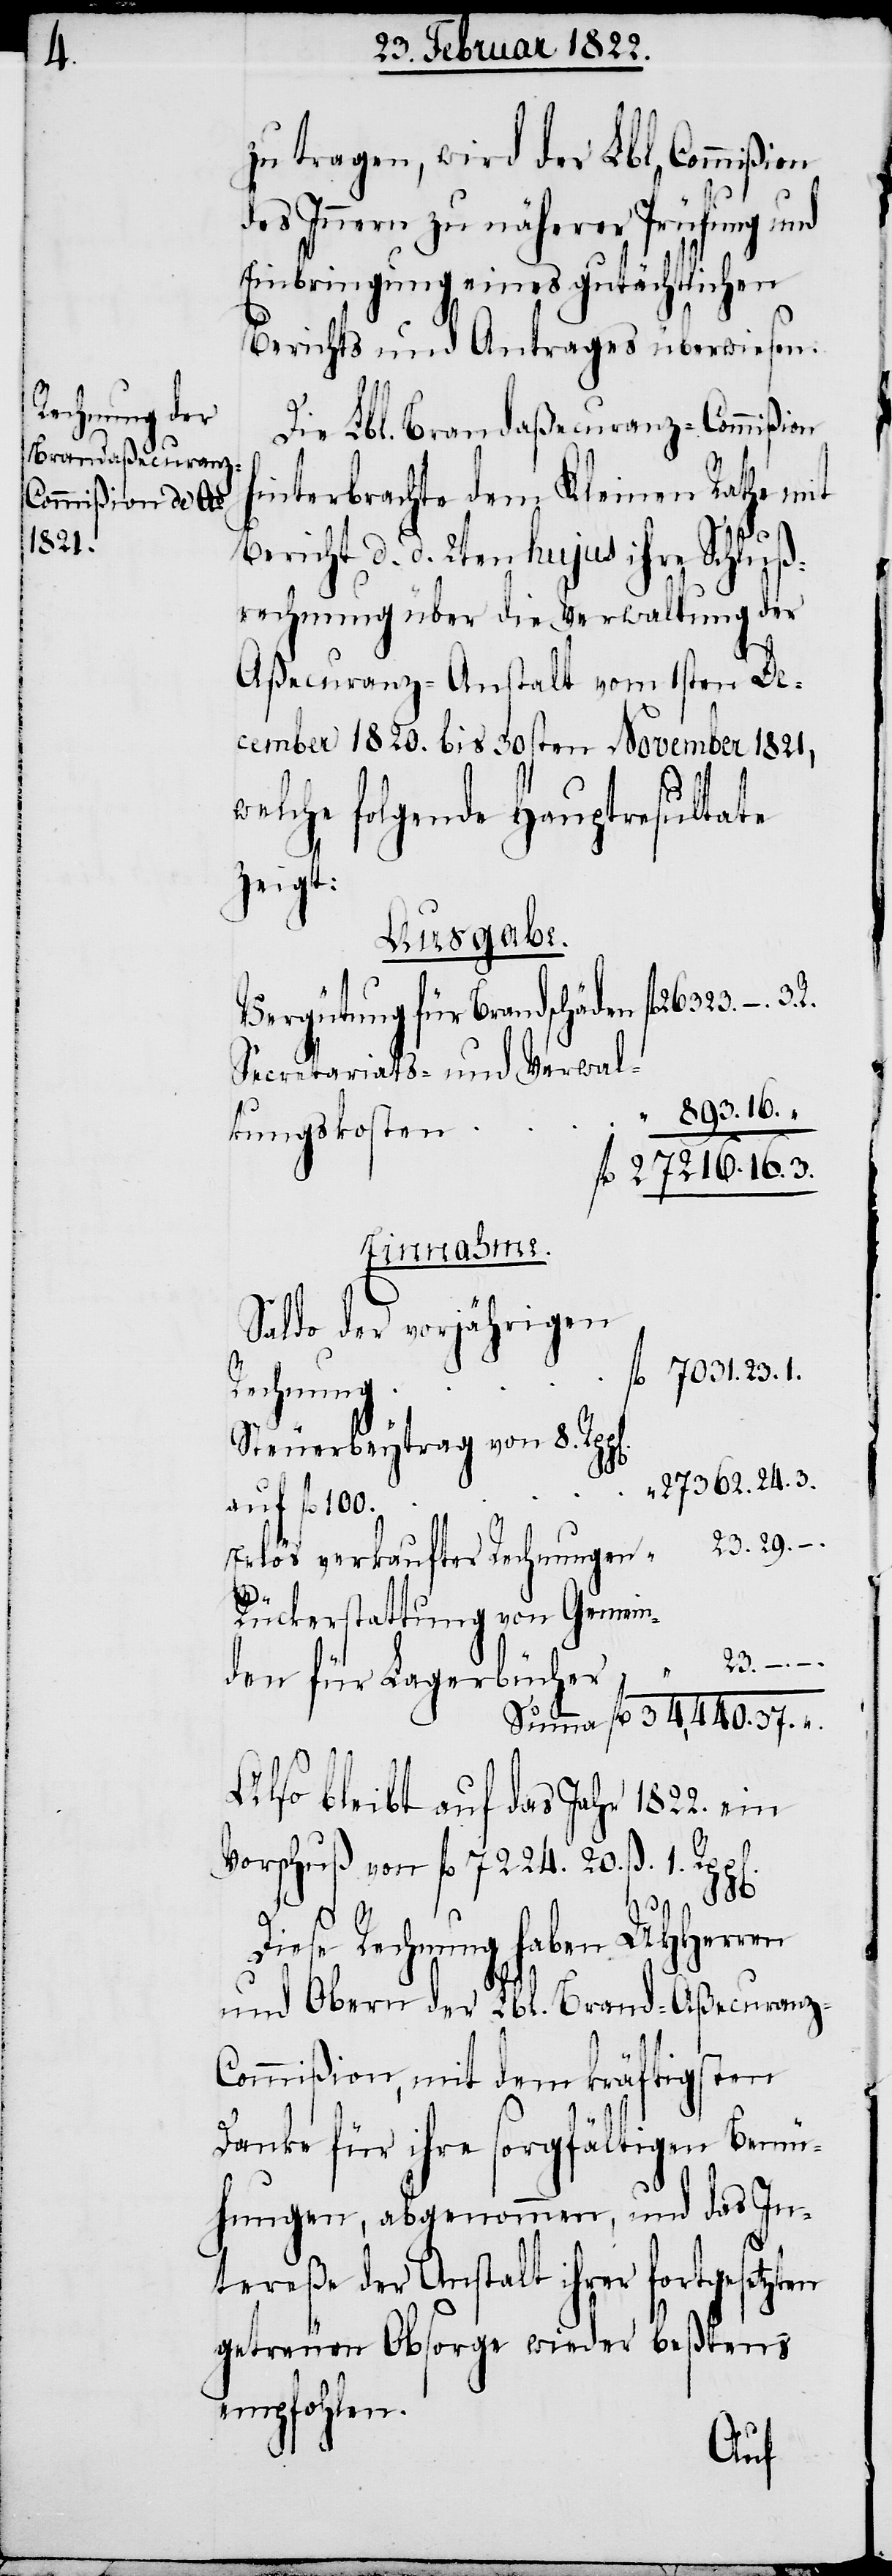
zu tragen, wird der Lbl. Commißion
des Innern zu näherer Prüfung und
Einbringung eines gutächtlichen
Berichts und Antrages überwiesen.
Die Lbl. Brandaßecuranz-Commißion
hinterbrachte dem Kleinen Rathe mit
Bericht d. d. 2ten hujus ihre Schluß¬
rechnung über die Verwaltung der
Aßecuranz-Anstalt vom 1sten De¬
cember 1820. bis 30sten November 1821,
welche folgende Hauptresultate
zeigt:
Ausgabe.
26323. –. 3.
Vergütung für Brandschäden
Secretariats- und Verwal¬
“ 893. 16.“
tungskosten
fl. 27216. 15.3.
Einnahme.
Saldo der vorjährigen
fl. 7031.23.1
Rechnungen
Steuerbeytrag von 8. Rp¬
27362.24.3
auf fl. 100.
p[en].
Rückerstattung von Gemein¬
23. –. –
den für Lagerbücher
Also bleibt auf das Jahr 1822. ein
Vorschuß von fl. 7224.20. ß 1.
fl.
“
R.
Diese Rechnung haben UHHerren
und Obern der Lbl. Brand-Aßecuranz-C¬
ommißion, mit dem kräftigsten
Danke für ihre sorgfältigen Bemü¬
hungen, abgenommen, und das In¬
tereße der Anstalt ihrer fortgesetzten
getreuen Obsorge wieder beßtens
empfohlen.